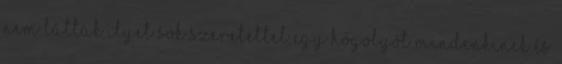
nem láttak ilyet Sok szeretettel egy hógolyót mindenkinek És